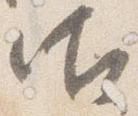
御